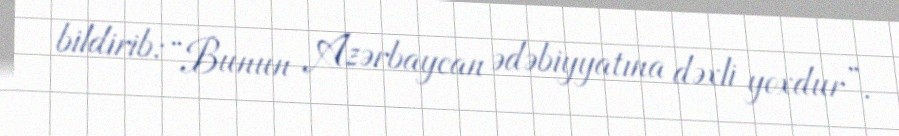
bildirib: “Bunun Azərbaycan ədəbiyyatına dəxli yoxdur”.